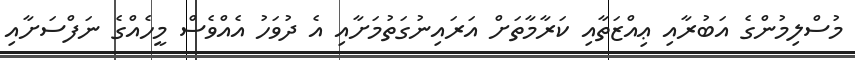
މުސްލިމުންގެ އަބުރާއި ޢިއްޒަތާއި ކަރާމާތަށް އަރައިނުގަތުމަށާއި އެ ދުވަހު އެއްވެސް މީހެއްގެ ނަފްސަށާއި